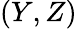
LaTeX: (Y,Z)